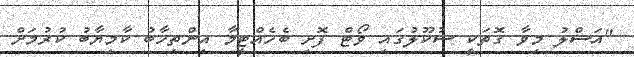
"އަސްލު މިވާ ގޮތަކީ ސުކޫލުގައި ވޯޓް ފޮށި ބެހެއްޓީމާ އިންތިހާބު ކާމިޔާބު ކުރުމަށް